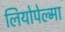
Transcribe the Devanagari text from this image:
लियोपेल्मा